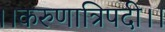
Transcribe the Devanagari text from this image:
।।करुणात्रिपदी।।